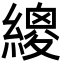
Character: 繌